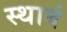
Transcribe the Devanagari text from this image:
स्थाबं